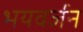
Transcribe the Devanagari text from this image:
भयवर्जन